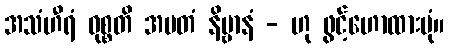
အသံဟီရံ ဝုစ္စတိ အမတံ နိဗ္ဗာနံ - ဟု ဖွင့်ဟောထားပုံ။